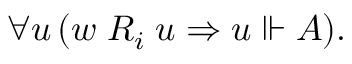
\forall u \, ( w \; R _ { i } \; u \Rightarrow u \Vdash A ) .